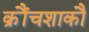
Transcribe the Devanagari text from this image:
क्रौंचशाकौ